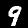
Label: 9